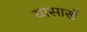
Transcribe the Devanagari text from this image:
यासार्खे